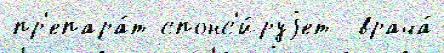
пр'епара́т спонс'и́руjет  врача́